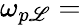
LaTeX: \omega_{p\mathscr{L}}=